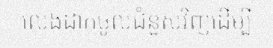
លេងដាក់ចូលជំនួសវិញដើម្បី